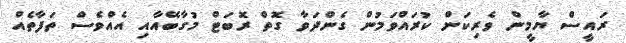
ރައީސް ޔާމީން ވެރިކަން ކުރައްވަމުން ގެންދަވާ ގޮތް ރޮބަޓް މުގާބޭއާއި އެއްވެސް ތަފާތެއް